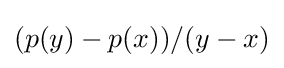
(p(y)-p(x))/(y-x)